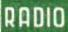
RADIO